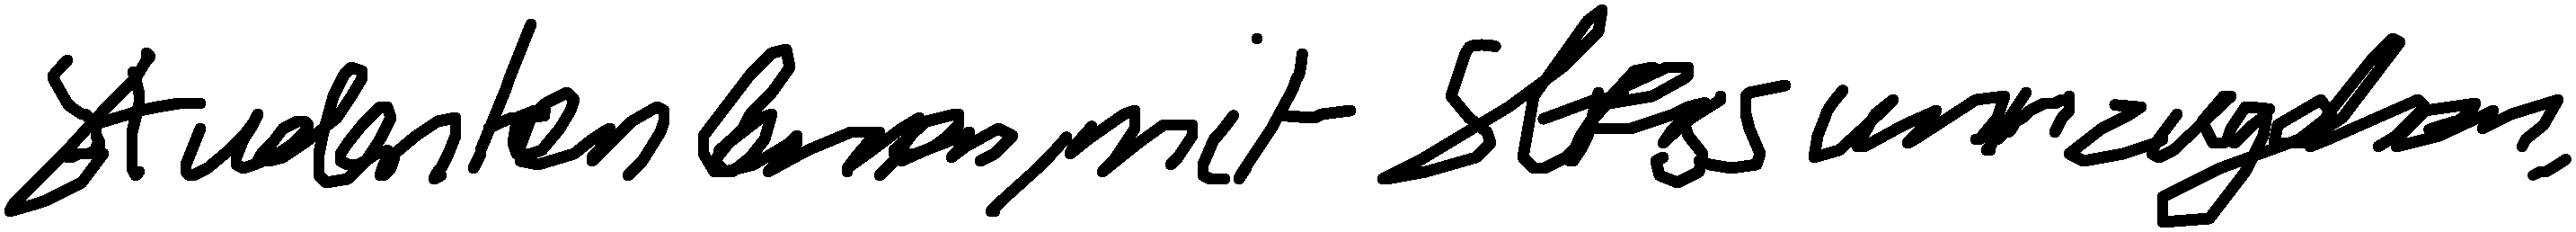
Studenten lernen, mit Stress umzugehen.